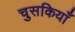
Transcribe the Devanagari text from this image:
चुसकियाँ